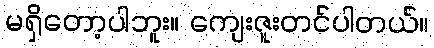
မရှိတော့ပါဘူး။ ကျေးဇူးတင်ပါတယ်။